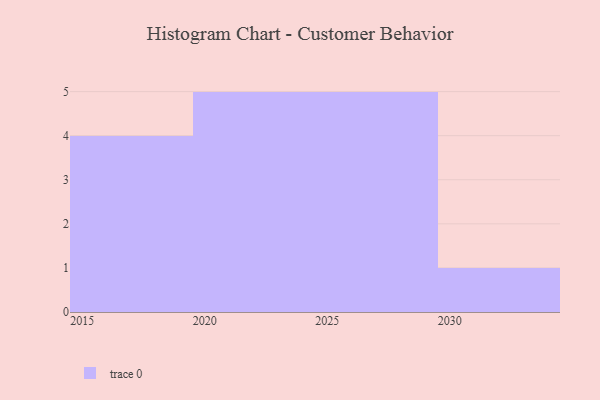
{"axis": {"x": "Year", "y": "Bounce Rate (%)"}, "legend": [""], "data": [{"x": "2020", "y": 64, "type": ""}, {"x": "2022", "y": 82, "type": ""}, {"x": "2029", "y": 43, "type": ""}, {"x": "2028", "y": 21, "type": ""}, {"x": "2026", "y": 86, "type": ""}, {"x": "2021", "y": 22, "type": ""}, {"x": "2030", "y": 65, "type": ""}, {"x": "2023", "y": 81, "type": ""}, {"x": "2015", "y": 49, "type": ""}, {"x": "2024", "y": 25, "type": ""}, {"x": "2025", "y": 20, "type": ""}, {"x": "2016", "y": 68, "type": ""}, {"x": "2027", "y": 79, "type": ""}, {"x": "2018", "y": 37, "type": ""}, {"x": "2017", "y": 5, "type": ""}]}